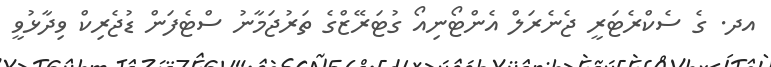
އދ. ގެ ސެކްރެޓަރީ ޖެނެރަލް އެންޓޯނިއޯ ގުޓަރޭޒްގެ ތަރުޖަމާނު ސްޓެފަން ޑުޖެރިކް ވިދާޅުވީ